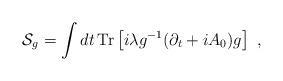
LaTeX: \begin{align*}{\cal S}_{g}=\int dt\, {\rm Tr} \left[i \lambda g^{-1} (\partial_t+iA_0)g\right]~,\end{align*}